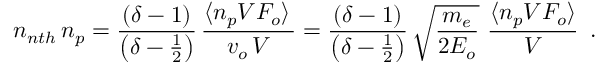
n _ { n t h } \, n _ { p } = \frac { ( \delta - 1 ) } { \left( \delta - \frac { 1 } { 2 } \right) } \, \frac { \langle n _ { p } V { \cal F } _ { o } \rangle \, } { v _ { o } \, V } = \frac { ( \delta - 1 ) } { \left( \delta - \frac { 1 } { 2 } \right) } \, \sqrt { \frac { m _ { e } } { 2 E _ { o } } } \, \, \frac { \langle n _ { p } V { \cal F } _ { o } \rangle } { V } \, \, \, .